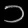
Digit: ၁